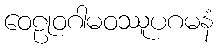
ဝေဠုဝဂါမဝဿူပဂမနံ